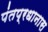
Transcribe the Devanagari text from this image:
पंतप्रधानास